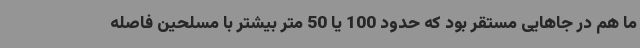
ما هم در جاهایی مستقر بود که حدود 100 یا 50 متر بیشتر با مسلحین فاصله